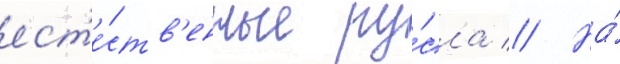
ест'е́ств'енные ру́сла // На́